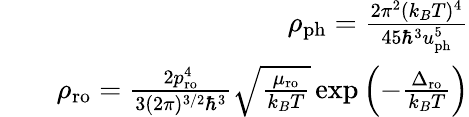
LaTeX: \begin{array}{rlr}&{}&{\rho_{\mathrm{ph}}=\frac{2\pi^{2}(k_{B}T)^{4}}{45\hbar^{3}u_{\mathrm{ph}}^{5}}}\\ &{}&{\rho_{\mathrm{ro}}=\frac{2p_{\mathrm{ro}}^{4}}{3(2\pi)^{3/2}\hbar^{3}}\sqrt{\frac{\mu_{\mathrm{ro}}}{k_{B}T}}\exp\left(-\frac{\Delta_{\mathrm{ro}}}{k_{B}T}\right)}\end{array}